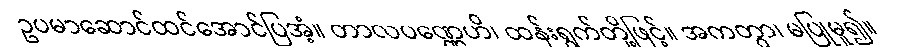
ဥပမာဆောင်ထင်အောင်ပြအံ့။ တာလပဏ္ဏေဟိ၊ ထန်းရွက်တို့ဖြင့်။ အကတွာ၊ မပြုမူ၍။